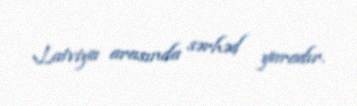
Latviya arasında sərhəd yaradır.